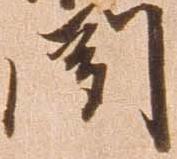
聞